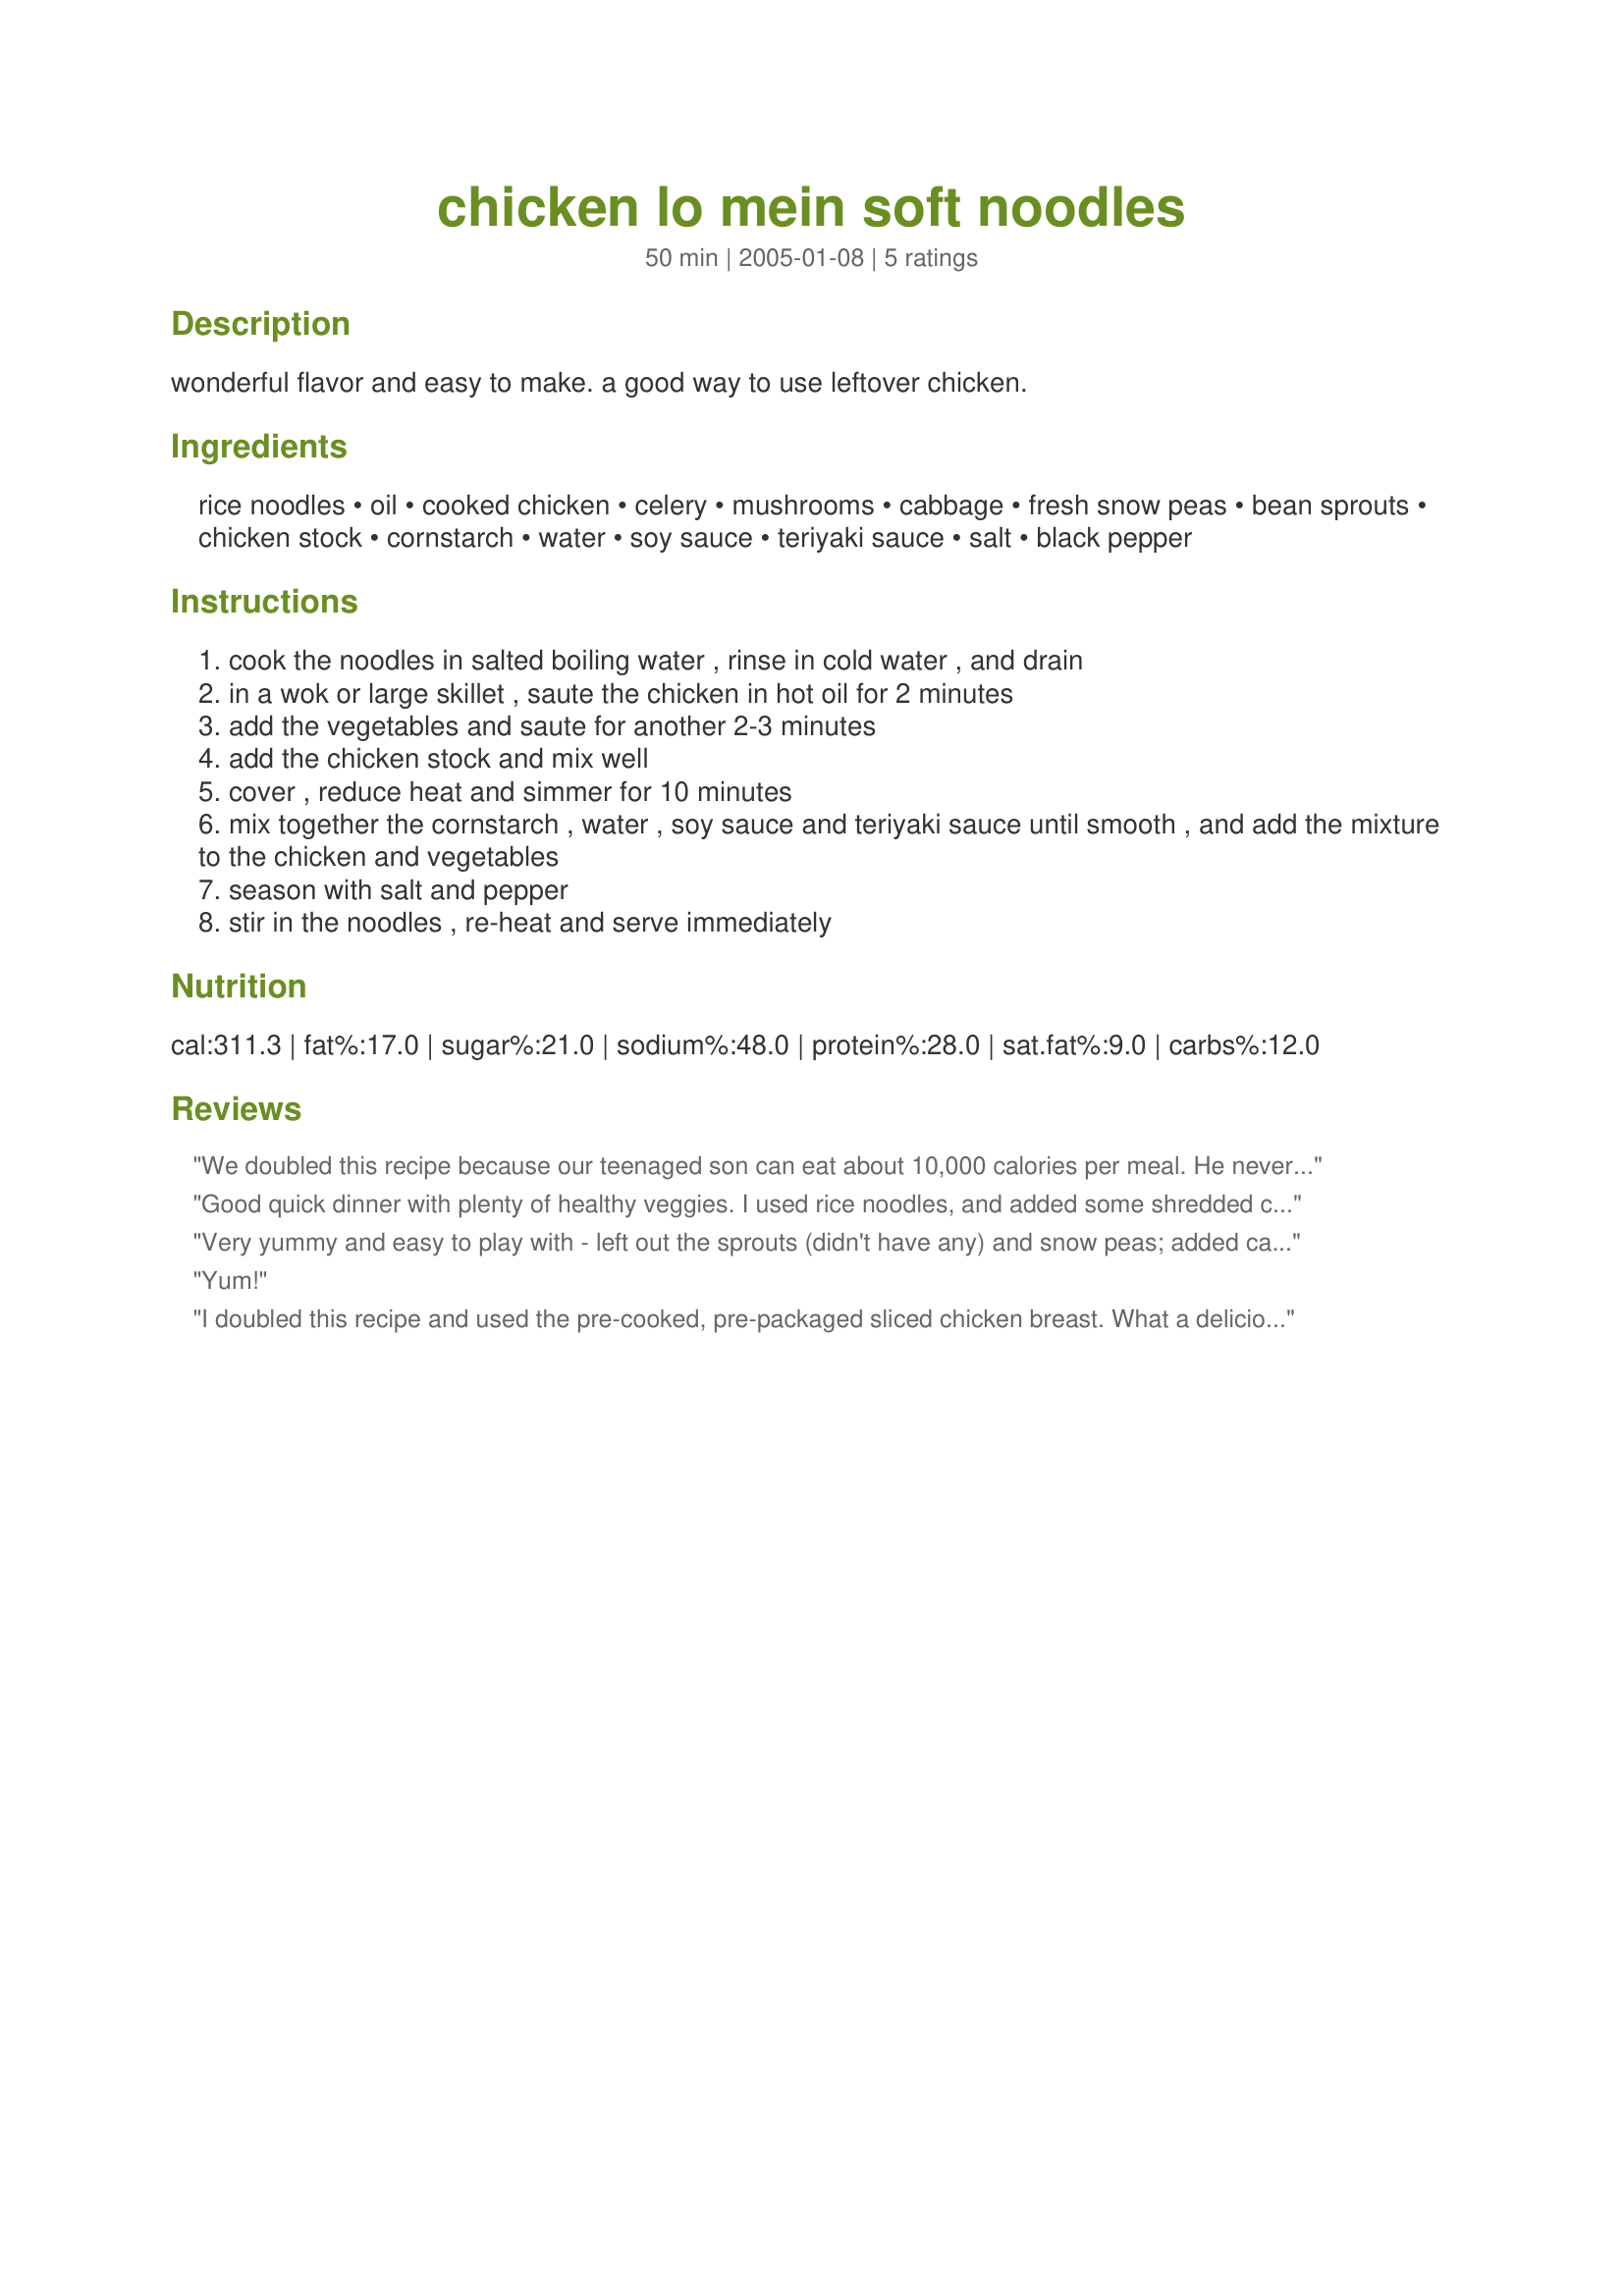
chicken lo mein soft noodles
Preparation time: 50 minutes

wonderful flavor and easy to make. a good way to use leftover chicken.

Ingredients:
rice noodles, oil, cooked chicken, celery, mushrooms, cabbage, fresh snow peas, bean sprouts, chicken stock, cornstarch, water, soy sauce, teriyaki sauce, salt, black pepper

Steps:
cook the noodles in salted boiling water , rinse in cold water , and drain
in a wok or large skillet , saute the chicken in hot oil for 2 minutes
add the vegetables and saute for another 2-3 minutes
add the chicken stock and mix well
cover , reduce heat and simmer for 10 minutes
mix together the cornstarch , water , soy sauce and teriyaki sauce until smooth , and add the mixture to the chicken and vegetables
season with salt and pepper
stir in the noodles , re-heat and serve immediately

Reviews:
We doubled this recipe because our teenaged son can eat about 10,000 calories per meal. He never comments on his food unless he thinks it is really good. He gave this recipe five grunts and a couple mumbles.

It's a little bland for our normal tastes, but Lo Mein is supposed to be bland.

Very easy and quick to make. It needs to cook for a little longer than step seven suggests (on our stove), otherwise it doesn't thicken.
Good quick dinner with plenty of healthy veggies. I used rice noodles, and added some shredded carrots for color.
Very yummy and easy to play with - left out the sprouts (didn't have any) and snow peas; added carrots; and had sauteed mushroom on the side for those that wanted them.
Yum!
I doubled this recipe and used the pre-cooked, pre-packaged sliced chicken breast. What a delicious and quick meal! Used the low salt soy sauce and omitted the additonal salt to taste. This will be made often, thank you littleturtle!
